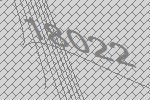
18022